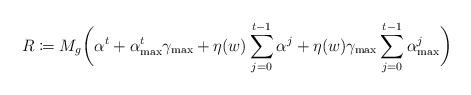
LaTeX: \begin{align*}R \coloneqq M_g \biggl( \alpha^t + \alpha_{\max}^t \gamma_{\max} + \eta(w)\sum_{j=0}^{t-1} \alpha^j + \eta(w) \gamma_{\max} \sum_{j=0}^{t-1} \alpha_{\max}^j \biggl) \end{align*}